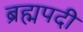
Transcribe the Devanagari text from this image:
ब्रह्मपदी